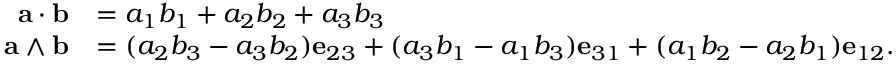
{ \begin{array} { r l } { \mathbf { a } \cdot \mathbf { b } } & { = a _ { 1 } b _ { 1 } + a _ { 2 } b _ { 2 } + a _ { 3 } b _ { 3 } } \\ { \mathbf { a } \wedge \mathbf { b } } & { = ( a _ { 2 } b _ { 3 } - a _ { 3 } b _ { 2 } ) \mathbf { e } _ { 2 3 } + ( a _ { 3 } b _ { 1 } - a _ { 1 } b _ { 3 } ) \mathbf { e } _ { 3 1 } + ( a _ { 1 } b _ { 2 } - a _ { 2 } b _ { 1 } ) \mathbf { e } _ { 1 2 } . } \end{array} }